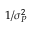
1 / \sigma _ { P } ^ { 2 }